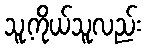
သူ့ကိုယ်သူလည်း